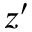
z ^ { \prime }